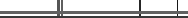
٣٩